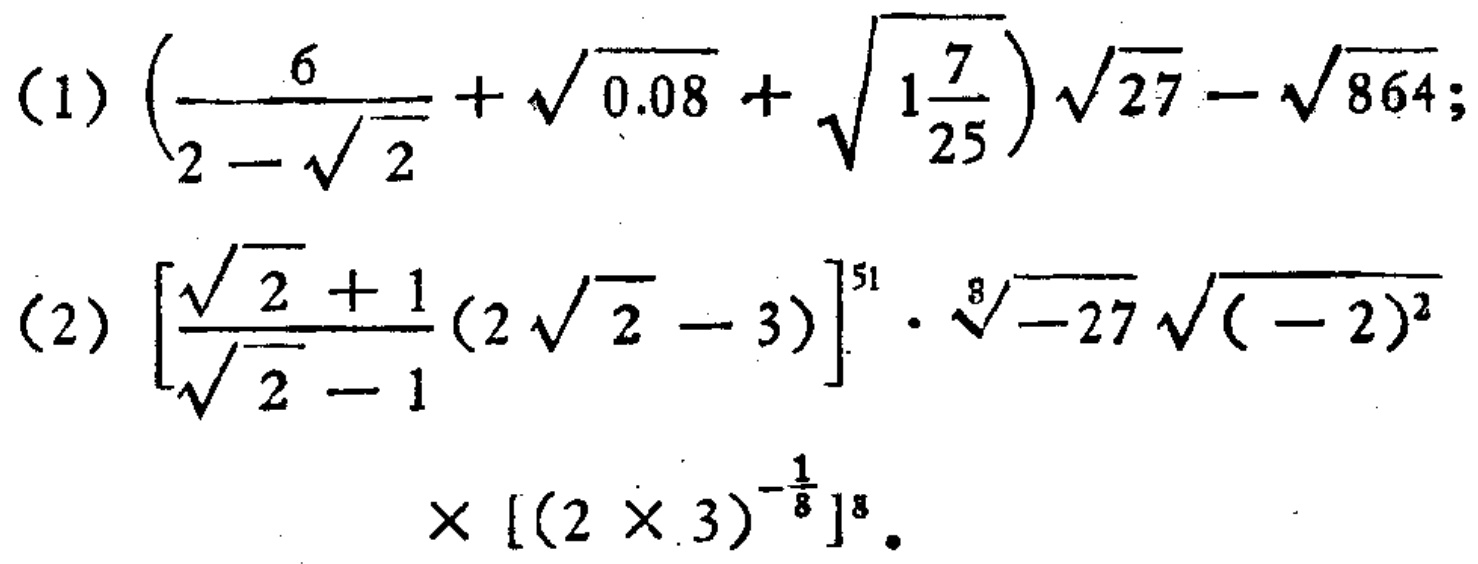
(1) \(\left(\frac{6}{2 - \sqrt{2}}+\sqrt{0.08}+\sqrt{1\frac{7}{25}}\right)\sqrt{27}-\sqrt{864}\);

(2) \(\left[\frac{\sqrt{2} + \frac{1}{1}(2\sqrt{2} - 3)}{\sqrt{2} - 1}\right]^{51}\cdot\sqrt[8]{-27\sqrt{(-2)^{2}}}\times[(2\times3)^{-\frac{1}{8}}]^{8}\)